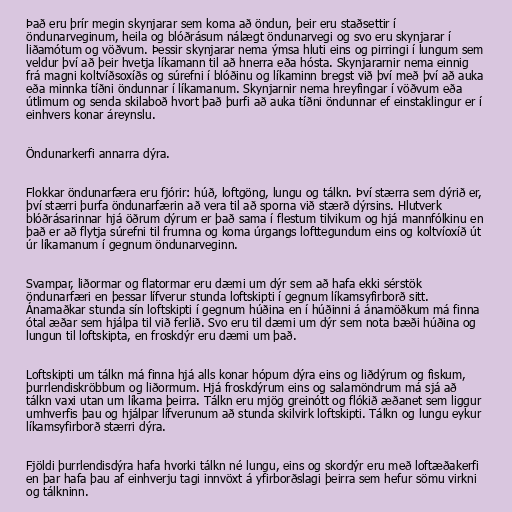
Það eru þrír megin skynjarar sem koma að öndun, þeir eru staðsettir í
öndunarveginum, heila og blóðrásum nálægt öndunarvegi og svo eru skynjarar í
liðamótum og vöðvum. Þessir skynjarar nema ýmsa hluti eins og pirringi í lungum sem
veldur því að þeir hvetja líkamann til að hnerra eða hósta. Skynjararnir nema einnig
frá magni koltvíðsoxíðs og súrefni í blóðinu og líkaminn bregst við því með því að auka
eða minnka tíðni öndunnar í líkamanum. Skynjarnir nema hreyfingar í vöðvum eða
útlimum og senda skilaboð hvort það þurfi að auka tíðni öndunnar ef einstaklingur er í
einhvers konar áreynslu.

Öndunarkerfi annarra dýra.

Flokkar öndunarfæra eru fjórir: húð, loftgöng, lungu og tálkn. Því stærra sem dýrið er,
því stærri þurfa öndunarfærin að vera til að sporna við stærð dýrsins. Hlutverk
blóðrásarinnar hjá öðrum dýrum er það sama í flestum tilvikum og hjá mannfólkinu en
það er að flytja súrefni til frumna og koma úrgangs lofttegundum eins og koltvíoxíð út
úr líkamanum í gegnum öndunarveginn.

Svampar, liðormar og flatormar eru dæmi um dýr sem að hafa ekki sérstök
öndunarfæri en þessar lífverur stunda loftskipti í gegnum líkamsyfirborð sitt.
Ánamaðkar stunda sín loftskipti í gegnum húðina en í húðinni á ánamöðkum má finna
ótal æðar sem hjálpa til við ferlið. Svo eru til dæmi um dýr sem nota bæði húðina og
lungun til loftskipta, en froskdýr eru dæmi um það.

Loftskipti um tálkn má finna hjá alls konar hópum dýra eins og liðdýrum og fiskum,
þurrlendiskröbbum og liðormum. Hjá froskdýrum eins og salamöndrum má sjá að
tálkn vaxi utan um líkama þeirra. Tálkn eru mjög greinótt og flókið æðanet sem liggur
umhverfis þau og hjálpar lífverunum að stunda skilvirk loftskipti. Tálkn og lungu eykur
líkamsyfirborð stærri dýra.

Fjöldi þurrlendisdýra hafa hvorki tálkn né lungu, eins og skordýr eru með loftæðakerfi
en þar hafa þau af einhverju tagi innvöxt á yfirborðslagi þeirra sem hefur sömu virkni
og tálkninn.